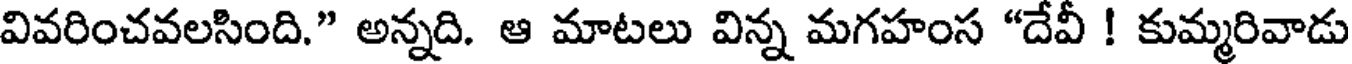
వివరించవలసింది." అన్నది. ఆ మాటలు విన్న మగహంస "దేవీ ! కుమ్మరివాడు